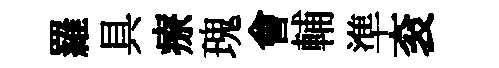
羅具療瑰會輔準衮